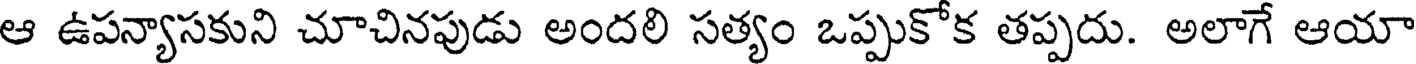
ఆ ఉపన్యాసకుని చూచినపుడు అందలి సత్యం ఒప్పుకోక తప్పదు. అలాగే ఆయా